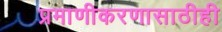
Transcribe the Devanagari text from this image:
प्रमाणीकरणासाठीही